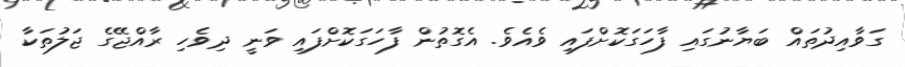
ގަވާއިދުތައް ބަޔާނުގައި ފާހަގަކޮށްފައި ވެއެވެ. އެގޮތުން ފާހަގަކޮށްފައި ވަނީ ދިވެހި ރާއްޖޭގެ ޖަލުތަކާ